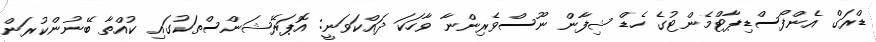
ޑްރަގް އެންފޯސްޑިޕާޓްމެންޓުގެ ހެޑް ޝިފާން ނޫސްވެރިންނާ ވާހަކަ ދައްކަވަނީ: އޮޕަރޭޝަންސްތަކުގައި ކުއްތާ ބޭނުންކުރަން